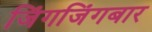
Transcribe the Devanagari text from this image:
जिंगजिंगबार